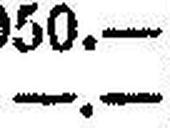
—.—